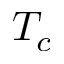
T _ { c }